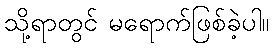
သို့ရာတွင် မရောက်ဖြစ်ခဲ့ပါ။